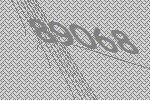
89068